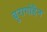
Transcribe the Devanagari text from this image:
बुरागोहैन